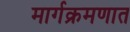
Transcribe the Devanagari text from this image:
मार्गक्रमणात